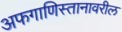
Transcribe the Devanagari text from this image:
अफगाणिस्तानावरील